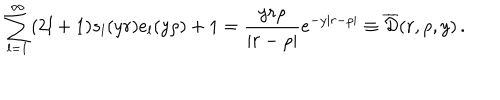
\sum _ { l = 1 } ^ { \infty } ( 2 l + 1 ) s _ { l } ( y r ) e _ { l } ( y \rho ) + 1 = \frac { y r \rho } { | r - \rho | } e ^ { - y | r - \rho | } \equiv \overline { { { \cal D } } } ( r , \rho , y ) \, { . }